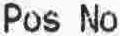
POS NO